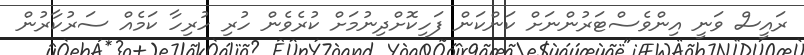
ރައީސް ވަނީ އިންވެސްޓަރުންނަށް ކަންކަން ފަހިކޮށްދިނުމަށް ކުރެވެން ހުރި ހުރިހާ ކަމެއް ސަރުކާރުން